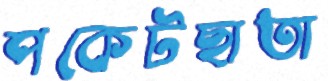
পকেটছাতা